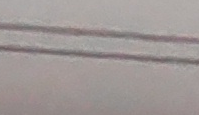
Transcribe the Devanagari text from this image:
समता
मान्छे